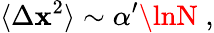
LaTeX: \langle\Delta\mathbf{x}^{2}\rangle\sim\alpha^{\prime}\lnN\; ,